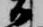
御